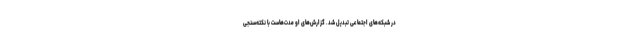
در شبکه‌های اجتماعی تبدیل شد. گزارش‌های او مدت‌هاست با نکته‌سنجی